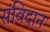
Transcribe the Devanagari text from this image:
संविदान